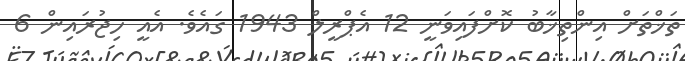
ތަޚްތަށް އިންތިޚާބު ކޮށްފައިވަނީ 12 އެޕްރީލް 1943 ގައެވެ. އެއީ ހިޖުރައިން 6